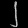
Digit: ၂